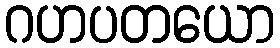
ဂဟပတယော